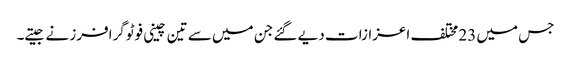
جس میں 23 مختلف اعزازات دیے گئے جن میں سے تین چینی فوٹوگرافرز نے جیتے۔